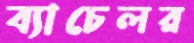
ব্যাচেলর